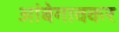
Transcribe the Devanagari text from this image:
आंबेगावकर